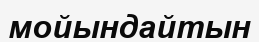
мойындайтын